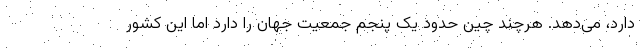
دارد، می‌دهد. هرچند چین حدود یک پنجم جمعیت جهان را دارد اما این کشور